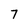
Character: 7